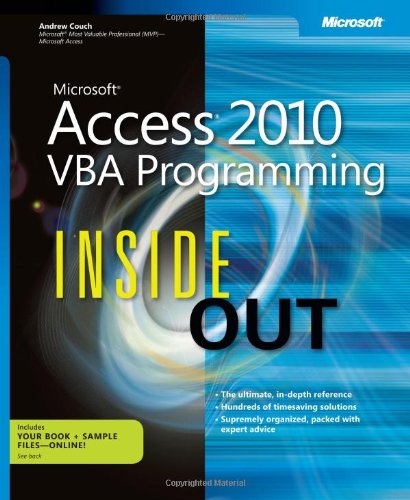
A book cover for Microsoft Access 2010 VBA Programming Inside Out; Andrew Couch; Computers & Technology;